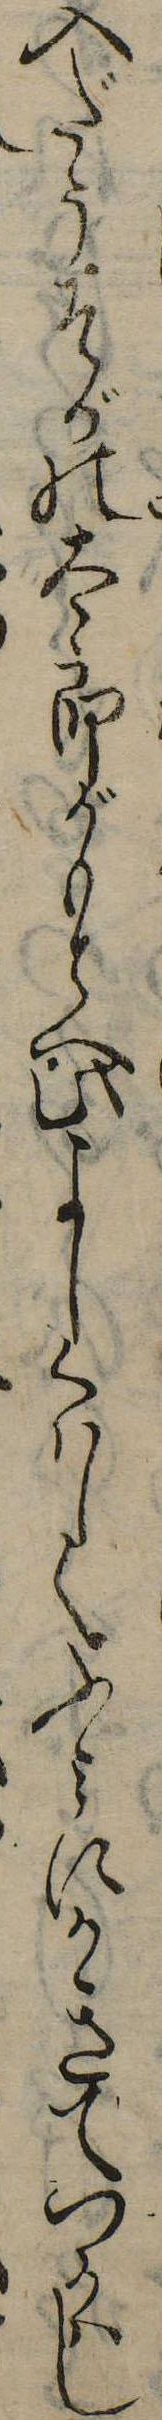
入だうそがの太郎がもとへ此よしくはしくふみにかきてつかはし